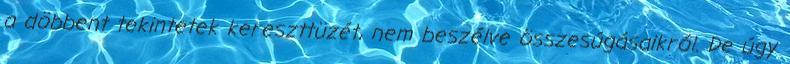
a döbbent tekintetek kereszttüzét, nem beszélve összesúgásaikról. De úgy